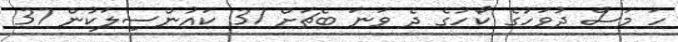
ހަ މަސް ދުވަހުގެ ކޯހުގެ ދެ ވަނަ ބެޗަށް 37 ކައުންސިލަކުން 37